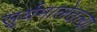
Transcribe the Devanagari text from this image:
सूर्यमालेतल्या